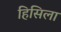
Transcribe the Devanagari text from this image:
हिसिला